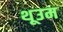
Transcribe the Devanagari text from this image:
थूउम